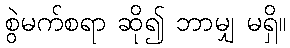
စွဲမက်စရာ ဆို၍ ဘာမျှ မရှိ။